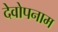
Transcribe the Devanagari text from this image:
देवोपनाम